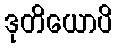
ဒုတိယောပိ